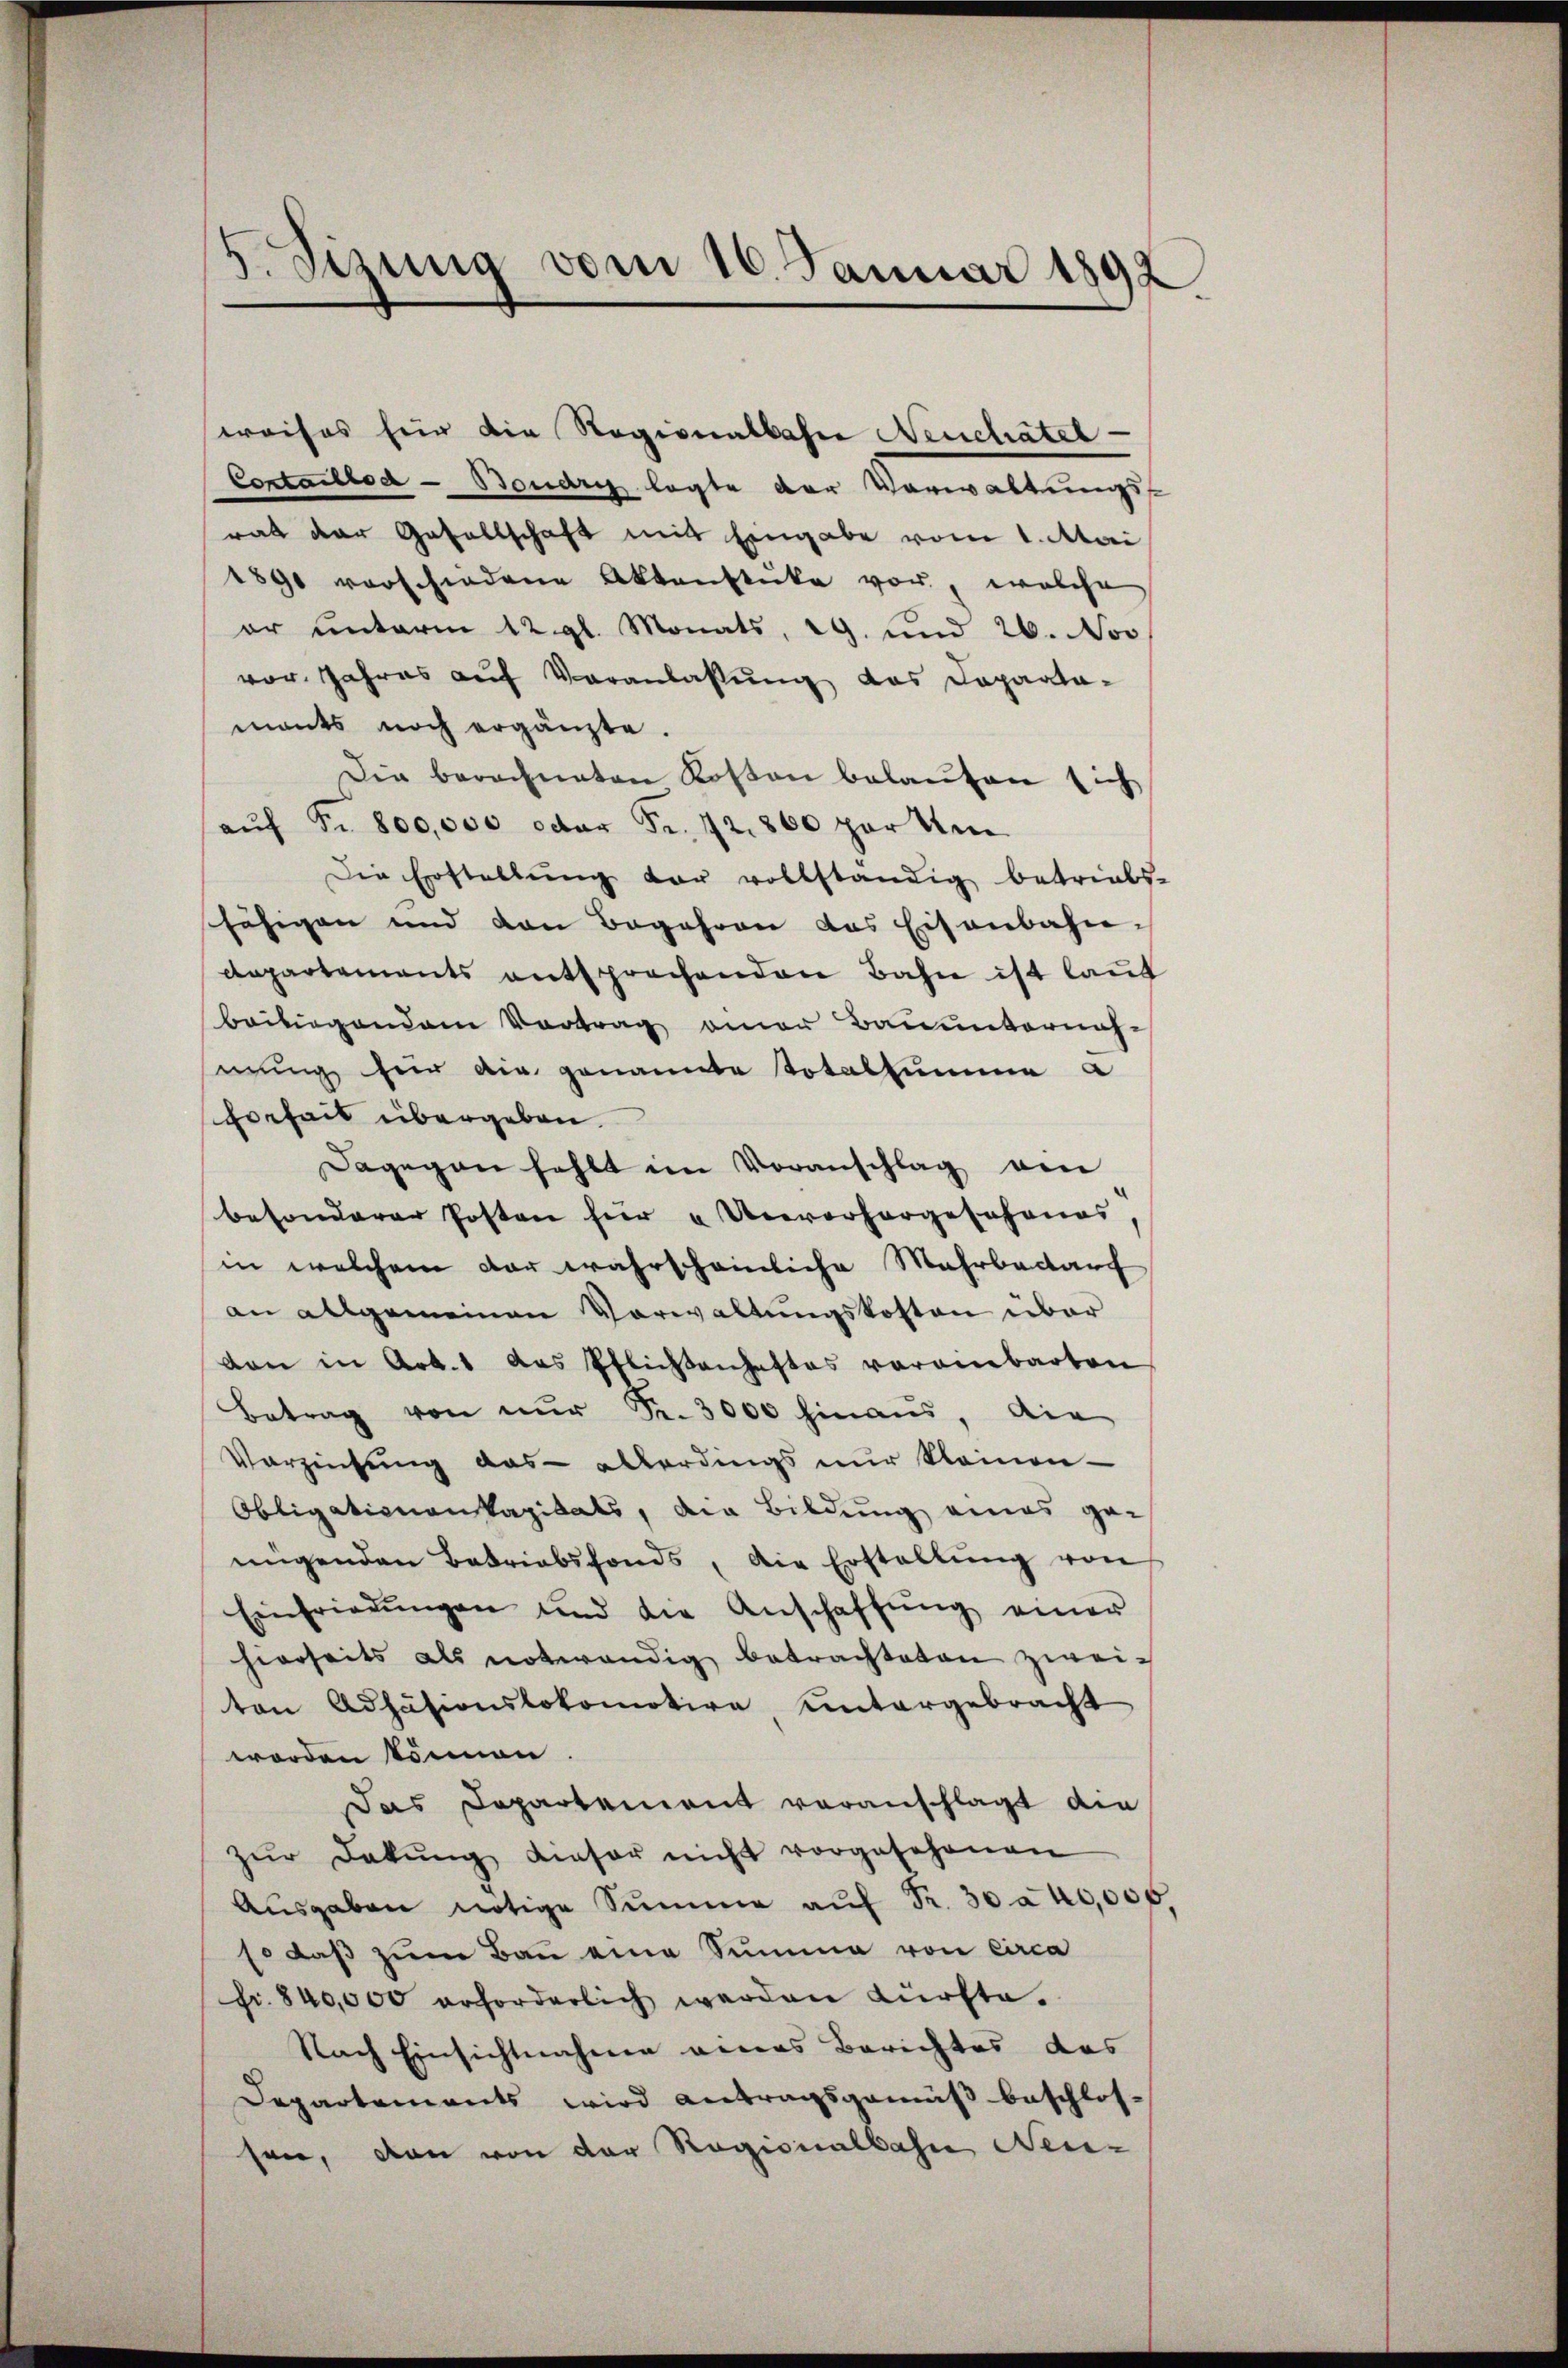
5. Sizung vom 16. Januar 1892

reises für die Ragionalbahn Neuchatel
Contaillod - Boudry legte der Vorwaltungsrat der Gesellschaft mit Eingabe vom 1. Mai
1891 vorschiedene Aktenstücke vor, welche
er unterm 12. gl. Monats, 29. und 26. Nov
vor Jahres auf Veranlassung das Dapaata-
mants noch ergänzte.
Die berechneten Kosten belaufen sich
aŭf Fr. 800,000 oder Fr. 72. 800 par Um
Die Erstellŭng der vollständig betriebs-
fähigen und den Begehren das Eisenbahndepartements entsprechenden Bahn ist laut
bribirgendem Vortrag einer Bauunternah-
mung für die genannte Totalsumme a
cherheit übergeben.
Dagegen fehlt im Voranschlag am
besonderer Posten hier u Unvorhergeschenas
in welchem der wahrscheinliche Wahrbedarf
an allgemeinen Verwaltŭngskosten über
dan in Art. 1 das Pflichtanhaftes vereinbarten
Betrag von nŭr Fr. 3000 hinaus, die
Vorziehung das allerdings nur kleinen-
Obligationenkapitals, die Bildung eines gemigenden Betriebsfonds, die Erstellŭng von
Einfriedŭngen und die Anschaffŭng einer
hierseits als notwendig betrachteten zweiton Adhäsionslokomotive untergebracht
worden können
Das Departement voranschlagt die
zŭr Dekŭng dieser nicht vorgesehenen
Aŭsgaben nötige Summe aŭf Fr. 30 a 20,000
so daß zum Bau eine Summe von circa
fr. 840,000 erforderlich werden dürfte.
Nach Einsichtnahmen veras Berichtes des
Departements wird Antragsgemäß beschlos-
sen, dann von der Ragicialbahn Neu-